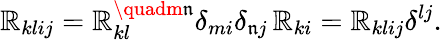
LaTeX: \mathbb{R}_{klij}=\mathbb{R}_{kl}^{\quadm\mathfrak{n}}\delta_{mi}\delta_{\mathfrak{n}j}\, \mathbb{R}_{ki}=\mathbb{R}_{klij}\delta^{lj}.